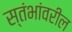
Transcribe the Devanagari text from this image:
स्तंभांवरील